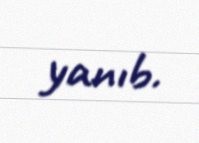
yanıb.